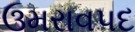
ઉમરાવપદ